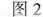
图2